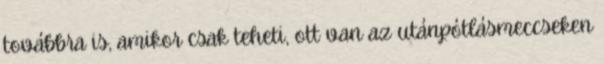
továbbra is, amikor csak teheti, ott van az utánpótlásmeccseken